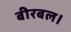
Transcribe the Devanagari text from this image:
बीरबल।